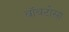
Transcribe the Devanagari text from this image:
वॉवटोसा